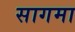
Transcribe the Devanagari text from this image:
सागमा